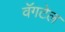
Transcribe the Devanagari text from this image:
वॅगटेल